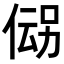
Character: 𬾪